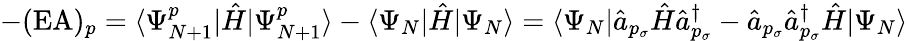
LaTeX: -(\mathrm{EA})_{p}=\langle\Psi_{N+1}^{p}|\hat{H}|\Psi_{N+1}^{p}\rangle-\langle\Psi_{N}|\hat{H}|\Psi_{N}\rangle=\langle\Psi_{N}|\hat{a}_{p_{\sigma}}\hat{H}\hat{a}_{p_{\sigma}}^{\dagger}-\hat{a}_{p_{\sigma}}\hat{a}_{p_{\sigma}}^{\dagger}\hat{H}|\Psi_{N}\rangle